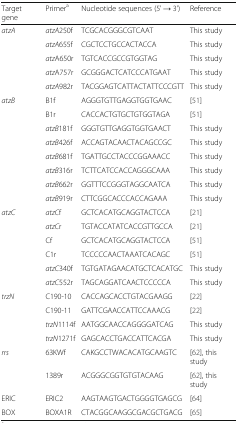
<table><thead><tr><td><b>Target gene</b></td><td><b>Primer<sup>a</sup></b></td><td><b>Nucleotide sequences (5&#x27; → 3&#x27;)</b></td><td><b>Reference</b></td></tr></thead><tbody><tr><td rowspan="5"><i>atzA</i></td><td><i>atzA</i>250f</td><td>TCGCACGGGCGTCAAT</td><td>This study</td></tr><tr><td><i>atzA</i>655f</td><td>CGCTCCTGCCACTACCA</td><td>This study</td></tr><tr><td><i>atz</i>A650r</td><td>TGTCACCGCCGTGGTAG</td><td>This study</td></tr><tr><td><i>atz</i>A757r</td><td>GCGGGACTCATCCCATGAAT</td><td>This study</td></tr><tr><td><i>atzA</i>982r</td><td>TACGGAGTCATTACTATTCCCGTT</td><td>This study</td></tr><tr><td rowspan="8"><i>atzB</i></td><td>B1f</td><td>AGGGTGTTGAGGTGGTGAAC</td><td>[51]</td></tr><tr><td>B1r</td><td>CACCACTGTGCTGTGGTAGA</td><td>[51]</td></tr><tr><td><i>atzB</i>181f</td><td>GGGTGTTGAGGTGGTGAACT</td><td>This study</td></tr><tr><td><i>atzB</i>426f</td><td>ACCAGTACAACTACAGCCGC</td><td>This study</td></tr><tr><td><i>atzB</i>681f</td><td>TGATTGCCTACCCGGAAACC</td><td>This study</td></tr><tr><td><i>atzB</i>316r</td><td>TCTTCATCCACCAGGGCAAA</td><td>This study</td></tr><tr><td><i>atzB</i>662r</td><td>GGTTTCCGGGTAGGCAATCA</td><td>This study</td></tr><tr><td><i>atzB</i>919r</td><td>CTTCGGCACCCACCAGAAA</td><td>This study</td></tr><tr><td rowspan="6"><i>atzC</i></td><td><i>atzC</i>f</td><td>GCTCACATGCAGGTACTCCA</td><td>[21]</td></tr><tr><td><i>atzC</i>r</td><td>TGTACCATATCACCGTTGCCA</td><td>[21]</td></tr><tr><td>Cf</td><td>GCTCACATGCAGGTACTCCA</td><td>[51]</td></tr><tr><td>C1r</td><td>TCCCCCAACTAAATCACAGC</td><td>[51]</td></tr><tr><td><i>atzC</i>340f</td><td>TGTGATAGAACATGCTCACATGC</td><td>This study</td></tr><tr><td><i>atzC</i>552r</td><td>TAGCAGGATCAACTCCCCCA</td><td>This study</td></tr><tr><td rowspan="4"><i>trzN</i></td><td>C190-10</td><td>CACCAGCACCTGTACGAAGG</td><td>[22]</td></tr><tr><td>C190-11</td><td>GATTCGAACCATTCCAAACG</td><td>[22]</td></tr><tr><td><i>trzN</i>1114f</td><td>AATGGCAACCAGGGGATCAG</td><td>This study</td></tr><tr><td><i>trzN</i>1271f</td><td>GAGCACCTGACCATTCACGA</td><td>This study</td></tr><tr><td rowspan="2"><i>rrs</i></td><td>63KWf</td><td>CAKGCCTWACACATGCAAGTC</td><td>[62], this study</td></tr><tr><td>1389r</td><td>ACGGGCGGTGTGTACAAG</td><td>[62], this study</td></tr><tr><td>ERIC</td><td>ERIC2</td><td>AAGTAAGTGACTGGGGTGAGCG</td><td>[64]</td></tr><tr><td>BOX</td><td>BOXA1R</td><td>CTACGGCAAGGCGACGCTGACG</td><td>[65]</td></tr></tbody></table>